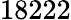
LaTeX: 18222